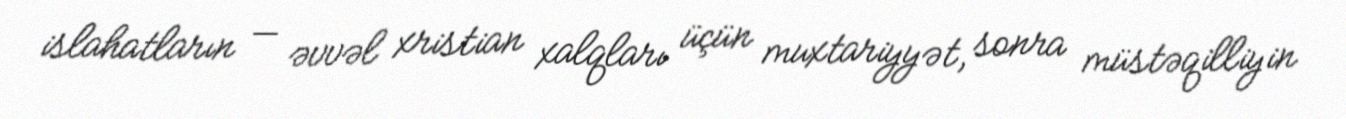
islahatların — əvvəl xristian xalqları üçün muxtariyyət, sonra müstəqilliyin